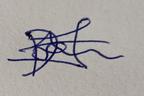
Signature authenticity: forged